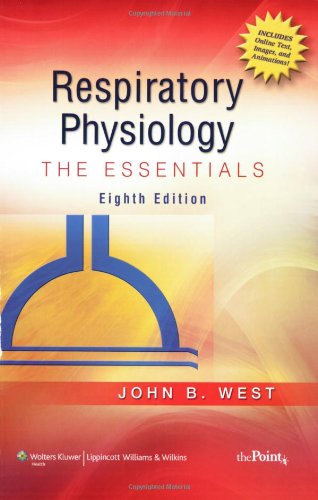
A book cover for Respiratory Physiology: The Essentials (Point (Lippincott Williams & Wilkins)); John B. West; Medical Books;